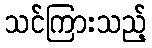
သင်ကြားသည့်